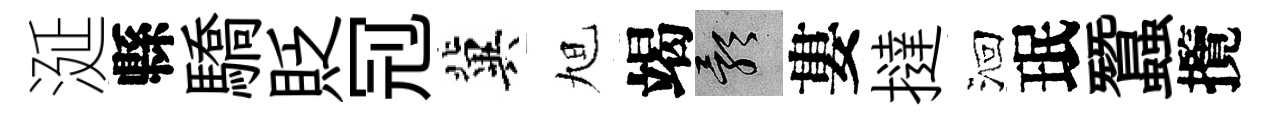
涎縣驕貶𠜍冀旭竭影婁撻洄珉蠶攬